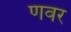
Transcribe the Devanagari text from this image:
णवर